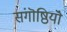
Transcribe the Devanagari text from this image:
संगॊष्ठियॊं